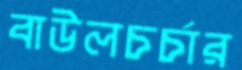
বাউলচর্চার